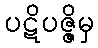
ပဋိပဇ္ဇိမှ